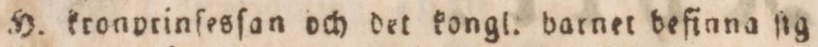
H. kronprinſesſan och det kongl. barnet befinna ſig